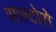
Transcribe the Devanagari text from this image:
साल्टोरो